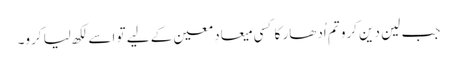
جب لین دین کرو تم اُدھار کا کسی میعادِ معین کے لیے تو اسے لکھ لیا کرو۔